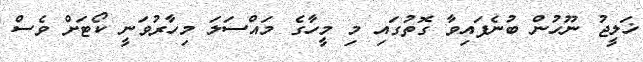
ޚަލީޖު ނޫހުން ބުނެފައިވާ ގޮތުގައި މި މީހާގެ މައްސަލަ މިހާރުވަނީ ކޯޓަށް ވެސް